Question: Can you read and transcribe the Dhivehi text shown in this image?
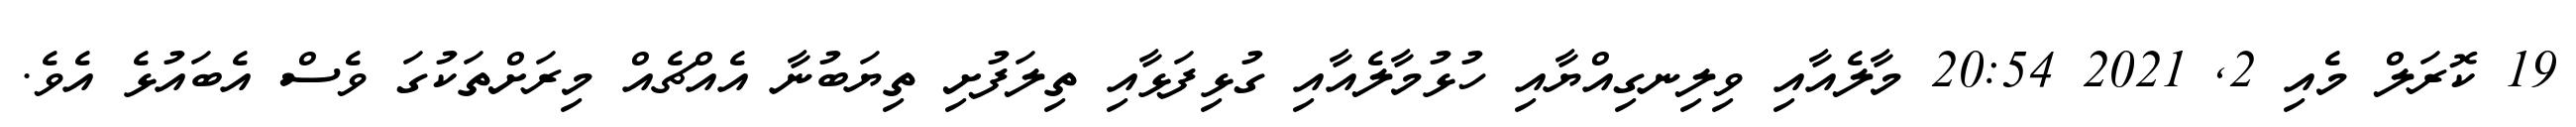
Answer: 19 ކޮރަލް މެއި 2, 2021 20:54 މާލެއާއި ވިލިނގިއްޔާއި ހުޅުމާލެއާއި ގުޅިފަޅާއި ތިލަފުށި ތިޔަބުނާ އެއްޗެއް މިރަށްތަކުގަ ވެސް އެބައުޅެ އެވެ.